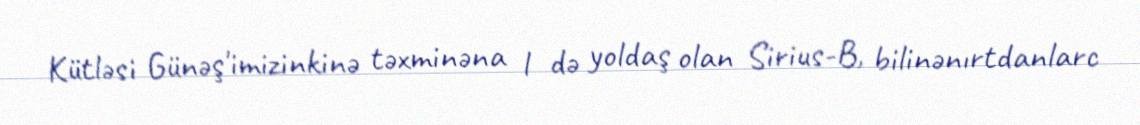
Kütləsi Günəş'imizinkinə təxminəna l də yoldaş olan Sirius-B, bilinənırtdanlarc